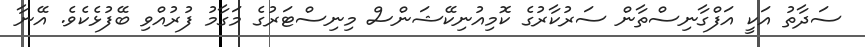
ސަދާތު އަކީ އަފްގާނިސްތާން ސަރުކާރުގެ ކޮމިއުނިކޭޝަންސް މިނިސްޓަރުގެ މަގާމު ފުރުއްވި ބޭފުޅެކެވެ. އޭނާ